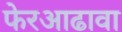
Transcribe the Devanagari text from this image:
फेरआढावा